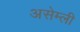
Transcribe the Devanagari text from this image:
असेम्ली